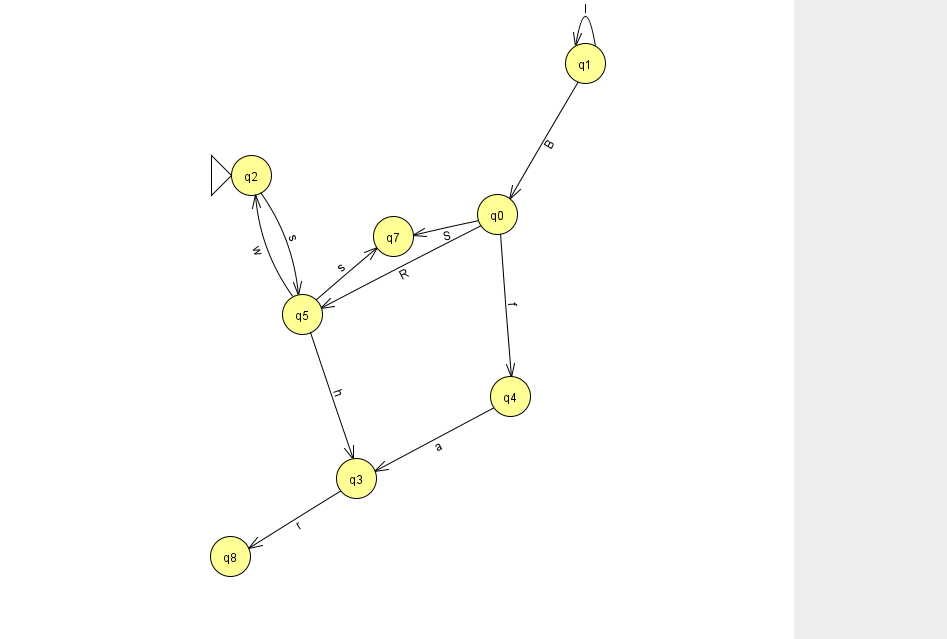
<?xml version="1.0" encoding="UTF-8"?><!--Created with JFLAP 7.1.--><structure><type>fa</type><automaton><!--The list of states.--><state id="0" name="q0"><x>497.0</x><y>201.0</y></state><state id="1" name="q1"><x>585.0</x><y>50.0</y></state><state id="2" name="q2"><x>251.0</x><y>162.0</y><initial/></state><state id="3" name="q3"><x>356.0</x><y>465.0</y></state><state id="4" name="q4"><x>510.0</x><y>383.0</y></state><state id="5" name="q5"><x>302.0</x><y>301.0</y></state><state id="7" name="q7"><x>393.0</x><y>223.0</y></state><state id="8" name="q8"><x>230.0</x><y>543.0</y></state><!--The list of transitions.--><transition><from>0</from><to>5</to><read>R</read></transition><transition><from>5</from><to>3</to><read>h</read></transition><transition><from>0</from><to>4</to><read>f</read></transition><transition><from>1</from><to>0</to><read>B</read></transition><transition><from>5</from><to>2</to><read>w</read></transition><transition><from>3</from><to>8</to><read>r</read></transition><transition><from>1</from><to>1</to><read>l</read></transition><transition><from>5</from><to>7</to><read>s</read></transition><transition><from>4</from><to>3</to><read>a</read></transition><transition><from>2</from><to>5</to><read>s</read></transition><transition><from>0</from><to>7</to><read>S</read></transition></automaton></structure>